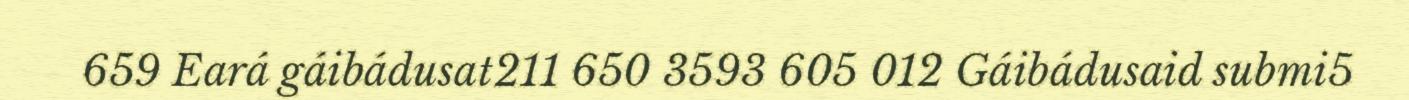
659 Eará gáibádusat211 650 3593 605 012 Gáibádusaid submi5